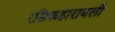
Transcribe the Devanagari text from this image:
रसिकहारावली